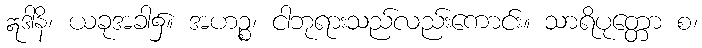
ဣဒါနိ၊ ယခုအခါ၌။ အဟဉ္စ၊ ငါဘုရားသည်လည်းကောင်း။ သာရိပုတ္တော စ၊